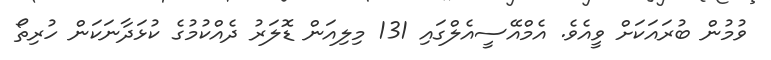
ވުމުން ބުރައަކަށް ވީއެވެ. އެމްއޭސީއެލްގައި 131 މިލިއަން ޑޮލަރު ދެއްކުމުގެ ކުޅަދާނަކަން ހުރިތޯ